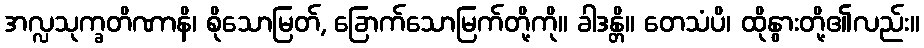
အလ္လသုက္ခတိဏာနိ၊ စိုသောမြတ်, ခြောက်သောမြက်တို့ကို။ ခါဒန္တိ။ တေသံပိ၊ ထိုနွားတို့၏လည်း။